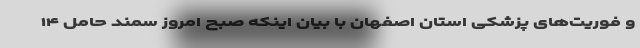
و فوریت‌های پزشکی استان اصفهان با بیان اینکه صبح امروز سمند حامل ۱۴